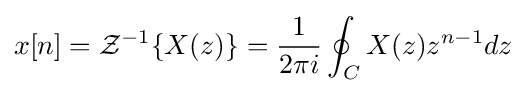
x[n]={\mathcal {Z}}^{-1}\{X(z)\}={\frac {1}{2\pi i}}\oint _{C}X(z)z^{n-1}dz